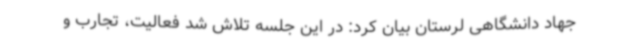
جهاد دانشگاهی لرستان بیان کرد: در این جلسه تلاش شد فعالیت، تجارب و